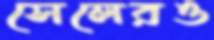
সেলেরও